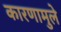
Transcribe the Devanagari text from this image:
कारणामुले